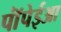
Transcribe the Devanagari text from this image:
पॉंपेईआ